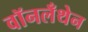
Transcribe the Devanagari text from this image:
वॉनलँथेन